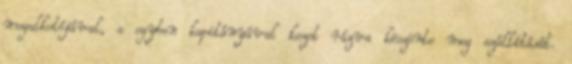
megalkotójával, s egyben kapitányával kezet rázva köszönte meg szállítását.